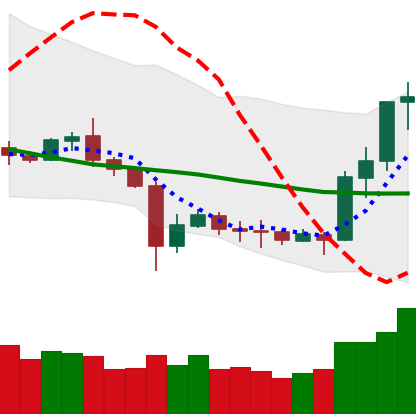
Ticker: ETC-USD
Chart end date: 2020-07-09
Forward return: -5.244%
Label: down_5_7